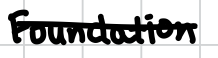
Text: Foundation
Cross-out: single-line
Writing tool: digital_black